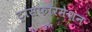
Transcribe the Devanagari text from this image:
ट्रांसफॉरमेशन